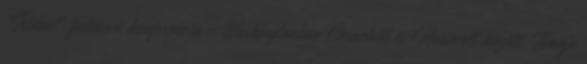
„Trident” fedõnevû konferencia Washingtonban Churchill és Roosevelt között. Témája